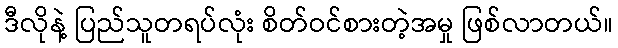
ဒီလိုနဲ့ ပြည်သူတရပ်လုံး စိတ်ဝင်စားတဲ့အမှု ဖြစ်လာတယ်။